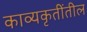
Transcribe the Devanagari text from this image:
काव्यकृतींतील